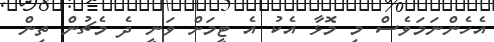
އެހެންނަމަވެސް މި މޮޅާ އެކު އެ ޓީމަށް ވަނީ ދެ މެޗުން ތިން